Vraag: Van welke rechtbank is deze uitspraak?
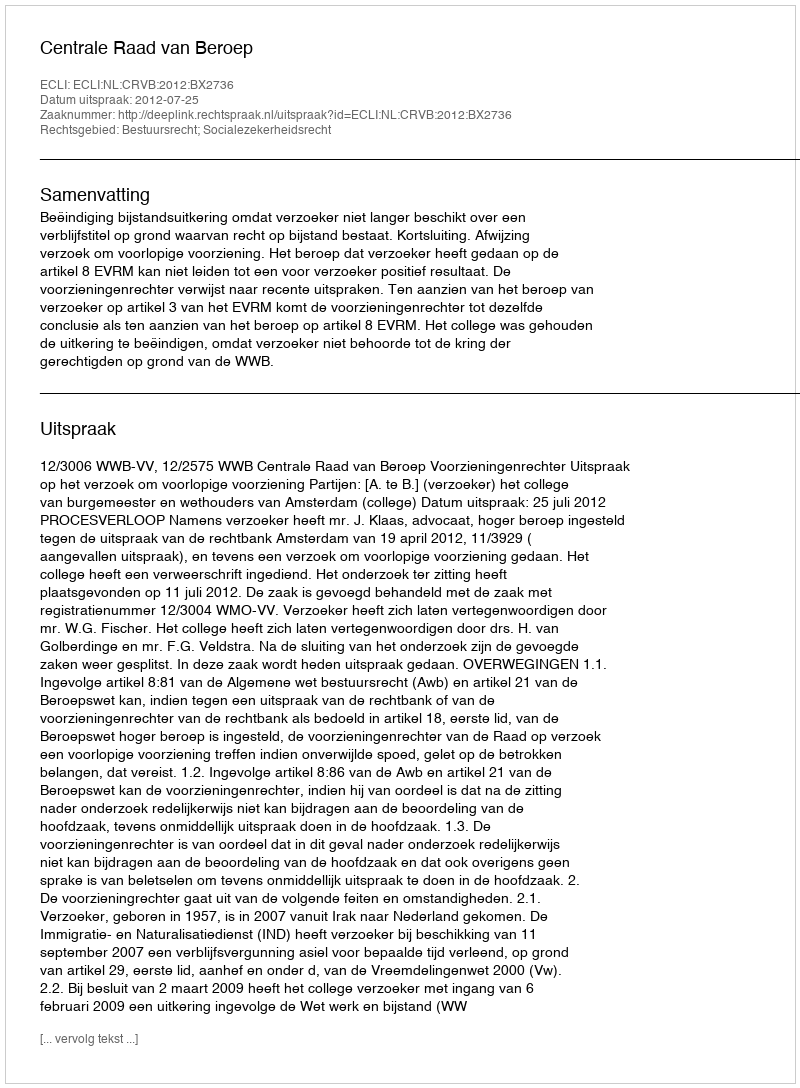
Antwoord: Centrale Raad van Beroep